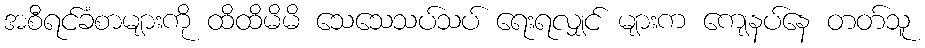
အစီရင်ခံစာများကို ထိထိမိမိ သေသေသပ်သပ် ရေးရလျှင် များက ကျေနပ်နေ တတ်သူ